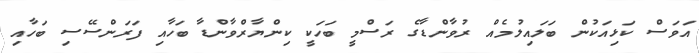
އަވަސް ކަޅިއަކުން ބަލައިލުމެއް ރުވާންޑާގެ ރަސްމީ ބަހަކީ ކިންޔާރްވާންޑާ ބަހާއި ފަރަންސޭސި ބަހާއި